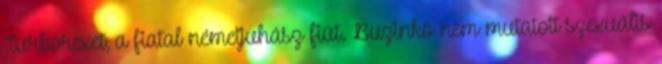
Turbórexet, a fiatal németjuhász fiút. Buzinkó nem mutatott szexuális